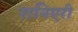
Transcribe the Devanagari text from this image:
रानिएरी